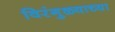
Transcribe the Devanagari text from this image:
विरंगुळ्याच्या